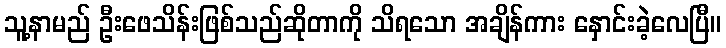
သူ့နာမည် ဦးဖေသိန်းဖြစ်သည်ဆိုတာကို သိရသော အချိန်ကား နှောင်းခဲ့လေပြီ။